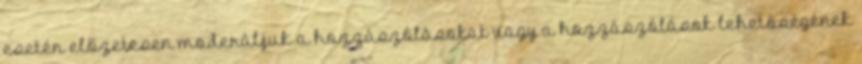
esetén előzetesen moderáljuk a hozzászólásokat vagy a hozzászólások lehetőségének